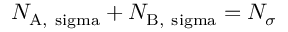
N _ { \mathrm { A , \ s i g m a } } + N _ { \mathrm { B , \ s i g m a } } = N _ { \sigma }